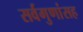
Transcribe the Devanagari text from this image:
सर्वगुणांसह